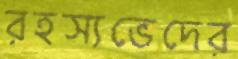
রহস্যভেদের